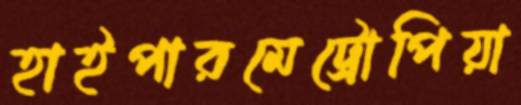
হাইপারমেট্রোপিয়া